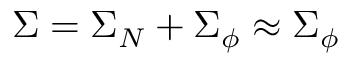
\Sigma = \Sigma _ { N } + \Sigma _ { \phi } \approx \Sigma _ { \phi }